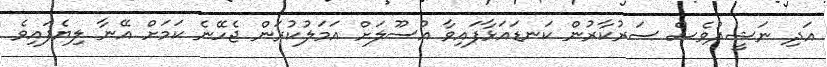
އަދި ނަޝީދުވެސް ސަރުކާރުން ކަނޑައަޅާފައިވާ އުސޫލަށް އަމަލުކުރަން ޖެހޭނެ ކަމަށް އޭނާ ލިޔެފައިވެ